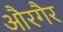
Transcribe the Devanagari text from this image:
औरगैर